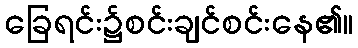
ခြေရင်း၌စင်းချင်စင်းနေ၏။